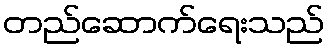
တည်ဆောက်ရေးသည်